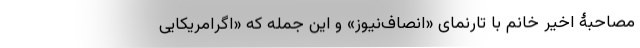
مصاحبۀ اخیر خانم با تارنمای «انصاف‌نیوز» و این جمله که «اگرامریکایی